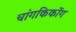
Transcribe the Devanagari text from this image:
चांगकिकोंग